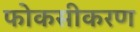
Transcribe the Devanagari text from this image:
फोकसीकरण